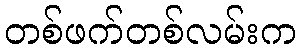
တစ်ဖက်တစ်လမ်းက